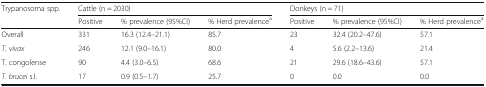
| Trypanosoma spp. | <COLSPAN=3> Cattle (n = 2030) | <COLSPAN=3> Donkeys (n = 71) |
 |  | Positive | % prevalence (95%CI) | % Herd prevalencea | Positive | % prevalence (95%CI) | % Herd prevalencea |
 | --- | --- | --- | --- | --- | --- | --- |
 | Overall | 331 | 16.3 (12.4–21.1) | 85.7 | 23 | 32.4 (20.2–47.6) | 57.1 |
 | T. vivax | 246 | 12.1 (9.0–16.1) | 80.0 | 4 | 5.6 (2.2–13.6) | 21.4 |
 | T. congolense | 90 | 4.4 (3.0–6.5) | 68.6 | 21 | 29.6 (18.6–43.6) | 57.1 |
 | T. brucei s.l. | 17 | 0.9 (0.5–1.7) | 25.7 | 0 | 0.0 | 0.0 |